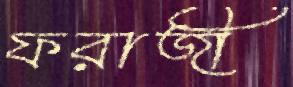
ফরাজী